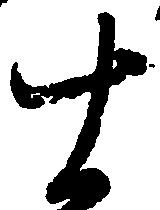
十